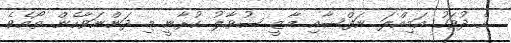
އެ ދުވަހު އަމިއްލަ ނަފްސާއި މާޒީ ސުވާލު ކުރާނީ މި ދަންނަވާހެން ތޯއެވެ